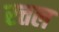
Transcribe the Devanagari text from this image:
रत्तल